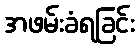
အဖမ်းခံရခြင်း